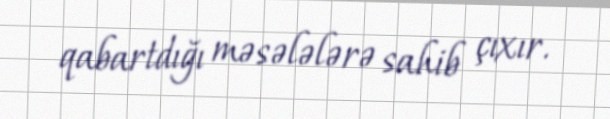
qabartdığı məsələlərə sahib çıxır.